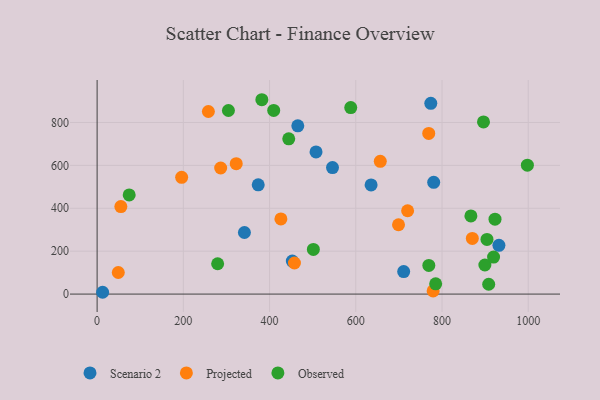
{"axis": {"x": "Ad Spend", "y": "Exam Score"}, "legend": ["Observed", "Projected", "Scenario 2"], "data": [{"x": "341.7", "y": 287.0, "type": "Scenario 2"}, {"x": "507.8", "y": 662.6, "type": "Scenario 2"}, {"x": "780.7", "y": 521.2, "type": "Scenario 2"}, {"x": "711.1", "y": 104.8, "type": "Scenario 2"}, {"x": "452.8", "y": 154.0, "type": "Scenario 2"}, {"x": "932.0", "y": 227.4, "type": "Scenario 2"}, {"x": "465.5", "y": 784.3, "type": "Scenario 2"}, {"x": "12.8", "y": 8.4, "type": "Scenario 2"}, {"x": "774.0", "y": 889.5, "type": "Scenario 2"}, {"x": "635.5", "y": 508.7, "type": "Scenario 2"}, {"x": "373.7", "y": 509.3, "type": "Scenario 2"}, {"x": "546.0", "y": 589.8, "type": "Scenario 2"}, {"x": "258.1", "y": 851.1, "type": "Projected"}, {"x": "870.3", "y": 259.5, "type": "Projected"}, {"x": "656.8", "y": 618.9, "type": "Projected"}, {"x": "49.1", "y": 100.7, "type": "Projected"}, {"x": "55.1", "y": 407.8, "type": "Projected"}, {"x": "322.7", "y": 608.1, "type": "Projected"}, {"x": "196.1", "y": 544.4, "type": "Projected"}, {"x": "426.3", "y": 350.5, "type": "Projected"}, {"x": "779.4", "y": 14.8, "type": "Projected"}, {"x": "720.2", "y": 388.4, "type": "Projected"}, {"x": "769.2", "y": 749.1, "type": "Projected"}, {"x": "286.6", "y": 587.8, "type": "Projected"}, {"x": "457.7", "y": 144.8, "type": "Projected"}, {"x": "699.1", "y": 323.1, "type": "Projected"}, {"x": "588.3", "y": 869.5, "type": "Observed"}, {"x": "279.6", "y": 141.3, "type": "Observed"}, {"x": "904.3", "y": 254.7, "type": "Observed"}, {"x": "409.6", "y": 856.2, "type": "Observed"}, {"x": "922.9", "y": 349.3, "type": "Observed"}, {"x": "867.0", "y": 364.4, "type": "Observed"}, {"x": "74.4", "y": 462.3, "type": "Observed"}, {"x": "908.3", "y": 45.9, "type": "Observed"}, {"x": "896.2", "y": 802.4, "type": "Observed"}, {"x": "444.5", "y": 723.9, "type": "Observed"}, {"x": "382.1", "y": 906.1, "type": "Observed"}, {"x": "998.0", "y": 600.8, "type": "Observed"}, {"x": "769.4", "y": 133.5, "type": "Observed"}, {"x": "304.6", "y": 855.9, "type": "Observed"}, {"x": "899.4", "y": 135.5, "type": "Observed"}, {"x": "785.3", "y": 48.0, "type": "Observed"}, {"x": "501.6", "y": 208.1, "type": "Observed"}, {"x": "919.6", "y": 172.5, "type": "Observed"}]}